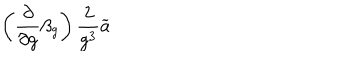
\left( \frac \partial { \partial g } \beta _ { g } \right) \frac 2 { g ^ { 3 } } \widetilde { a }